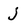
Character: j